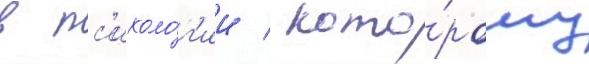
в пс'ихоло́г'ии / кото́рому